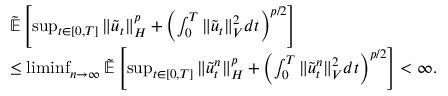
\begin{array} { r l } & { \tilde { \ensuremath { { \mathbb E } } } \left[ \operatorname* { s u p } _ { t \in [ 0 , T ] } \| \tilde { u } _ { t } \| _ { H } ^ { p } + \left( \int _ { 0 } ^ { T } \| \tilde { u } _ { t } \| _ { V } ^ { 2 } d t \right) ^ { p / 2 } \right] } \\ & { \leq \operatorname* { l i m i n f } _ { n \rightarrow \infty } \tilde { \ensuremath { { \mathbb E } } } \left[ \operatorname* { s u p } _ { t \in [ 0 , T ] } \| \tilde { u } _ { t } ^ { n } \| _ { H } ^ { p } + \left( \int _ { 0 } ^ { T } \| \tilde { u } _ { t } ^ { n } \| _ { V } ^ { 2 } d t \right) ^ { p / 2 } \right] < \infty . } \end{array}